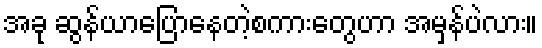
အခု ဆွန်ယာပြောနေတဲ့စကားတွေဟာ အမှန်ပဲလား။